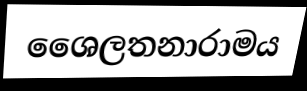
ශෛලතනාරාමය